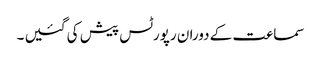
سماعت کے دوران رپورٹس پیش کی گئیں ۔